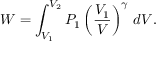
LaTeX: W = \int _ { V _ { 1 } } ^ { V _ { 2 } } P _ { 1 } \left( { \frac { V _ { 1 } } { V } } \right) ^ { \gamma } \, d V .